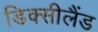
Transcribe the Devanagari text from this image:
डिक्सीलैंड